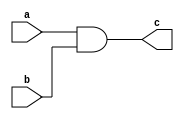
module AND1(
  input a,
  input b,
  output c
);
  assign c=a&b;
endmodule